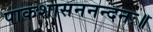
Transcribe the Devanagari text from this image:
पाकशासननन्दनः॥